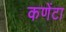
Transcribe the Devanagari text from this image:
कणेंटा